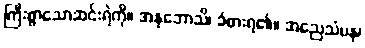
ကြီးစွာသောဆင်းရဲကို။ အနုဘောသိ၊ ခံစားရ၏။ အညေသံပန၊